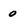
Character: 0